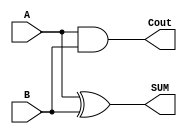
`timescale 1ns / 1ps

module Half_Adder(A,B,SUM,Cout);
input A,B;
output SUM,Cout;
reg SUM,Cout;

always @(*)
begin
	SUM = A^B;
	Cout = A & B;
end
endmodule